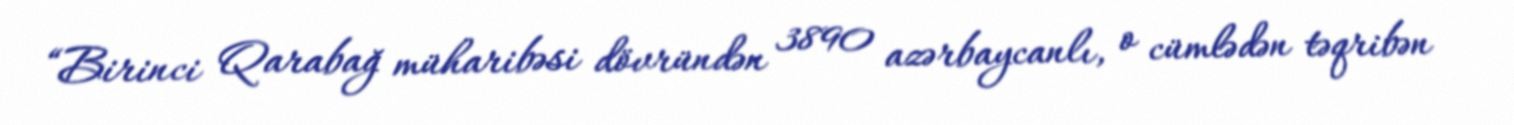
“Birinci Qarabağ müharibəsi dövründən 3890 azərbaycanlı, o cümlədən təqribən